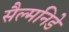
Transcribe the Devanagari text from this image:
सैल्मनिडे